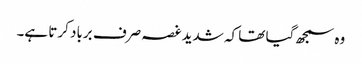
وہ سمجھ گیا تھا کہ شدید غصہ صرف برباد کرتا ہے۔